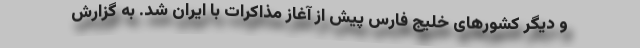
و دیگر کشورهای خلیج فارس پیش از آغاز مذاکرات با ایران شد. به گزارش